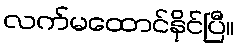
လက်မထောင်နိုင်ပြီ။